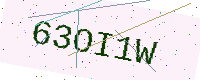
Text: 63OI1W